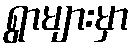
ရွာများမှာ